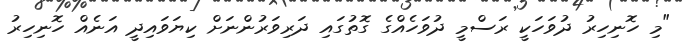
"މި ހޮނިހިރު ދުވަހަކީ ރަސްމީ ދުވަހެއްގެ ގޮތުގައި ދަރިވަރުންނަށް ކިޔަވައިދީ އަނެއް ހޮނިހިރު